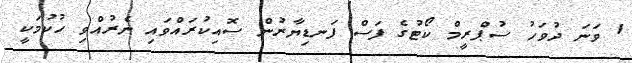
1 ވަނަ ދުވަހު ސުޕްރީމް ކޯޓުގެ ފަސް ފަނޑިޔާރުން ސޮއިކުރައްވައި ނެރުއްވި ހުކުމަކީ